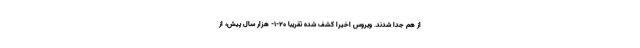
از هم جدا شدند. ویروس اخیراً کشف شده تقریباً ۲۰-۱- هزار سال پیش، از